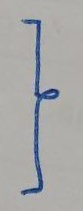
}